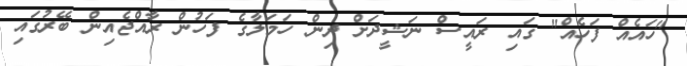
"ހައެއް ފަހެއް" ގައި ރައީސް ނަޝީދަށް ދިން ހަމަލާގެ ފަހުން ރާއްޖެއިން ބޭރުގައި